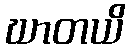
ဃာတယိ